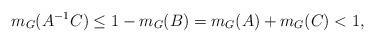
LaTeX: \begin{align*}m_G(A^{-1}C) \leq 1 - m_G(B) = m_G(A) + m_G(C) < 1,\end{align*}